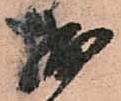
拙